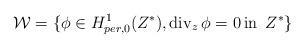
LaTeX: \begin{align*}\mathcal{W}=\{\phi\in H_{per,0}^{1}(Z^{\ast}),\operatorname{div}_{z}\phi=0\,\hbox {in }\,Z^{\ast}\}\end{align*}